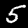
Digit: 5